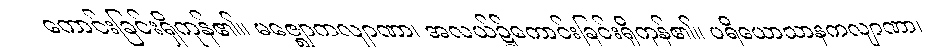
ကောင်းခြင်းရှိကုန်၏။ မဇ္ဈောကလျာဏာ၊ အလယ်၌ကောင်းခြင်းရှိကုန်၏။ ပရိယောသာနကလျာဏာ၊